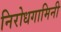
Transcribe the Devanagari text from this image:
निरोधगामिनी